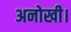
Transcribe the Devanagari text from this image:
अनोखी।